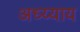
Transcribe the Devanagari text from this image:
अध्य्याय